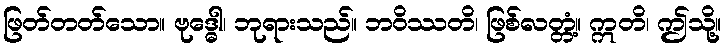
ဖြတ်တတ်သော။ ဗုဒ္ဓေါ၊ ဘုရားသည်။ ဘဝိဿတိ၊ ဖြစ်လတ္တံ့။ ဣတိ၊ ဤသို့။